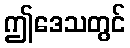
ဤဒေသတွင်